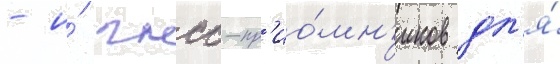
- и́ гнсс-пр'ио́мн'иков дл'я́